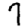
Digit: 7